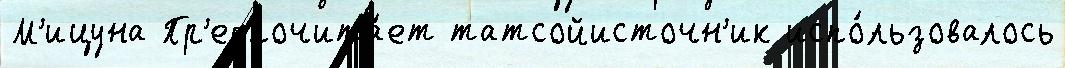
М'ицуна Пр'едпочита́ет татсойисточн'ик испо́льзовалось